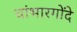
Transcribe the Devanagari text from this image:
चांभारगोंदे